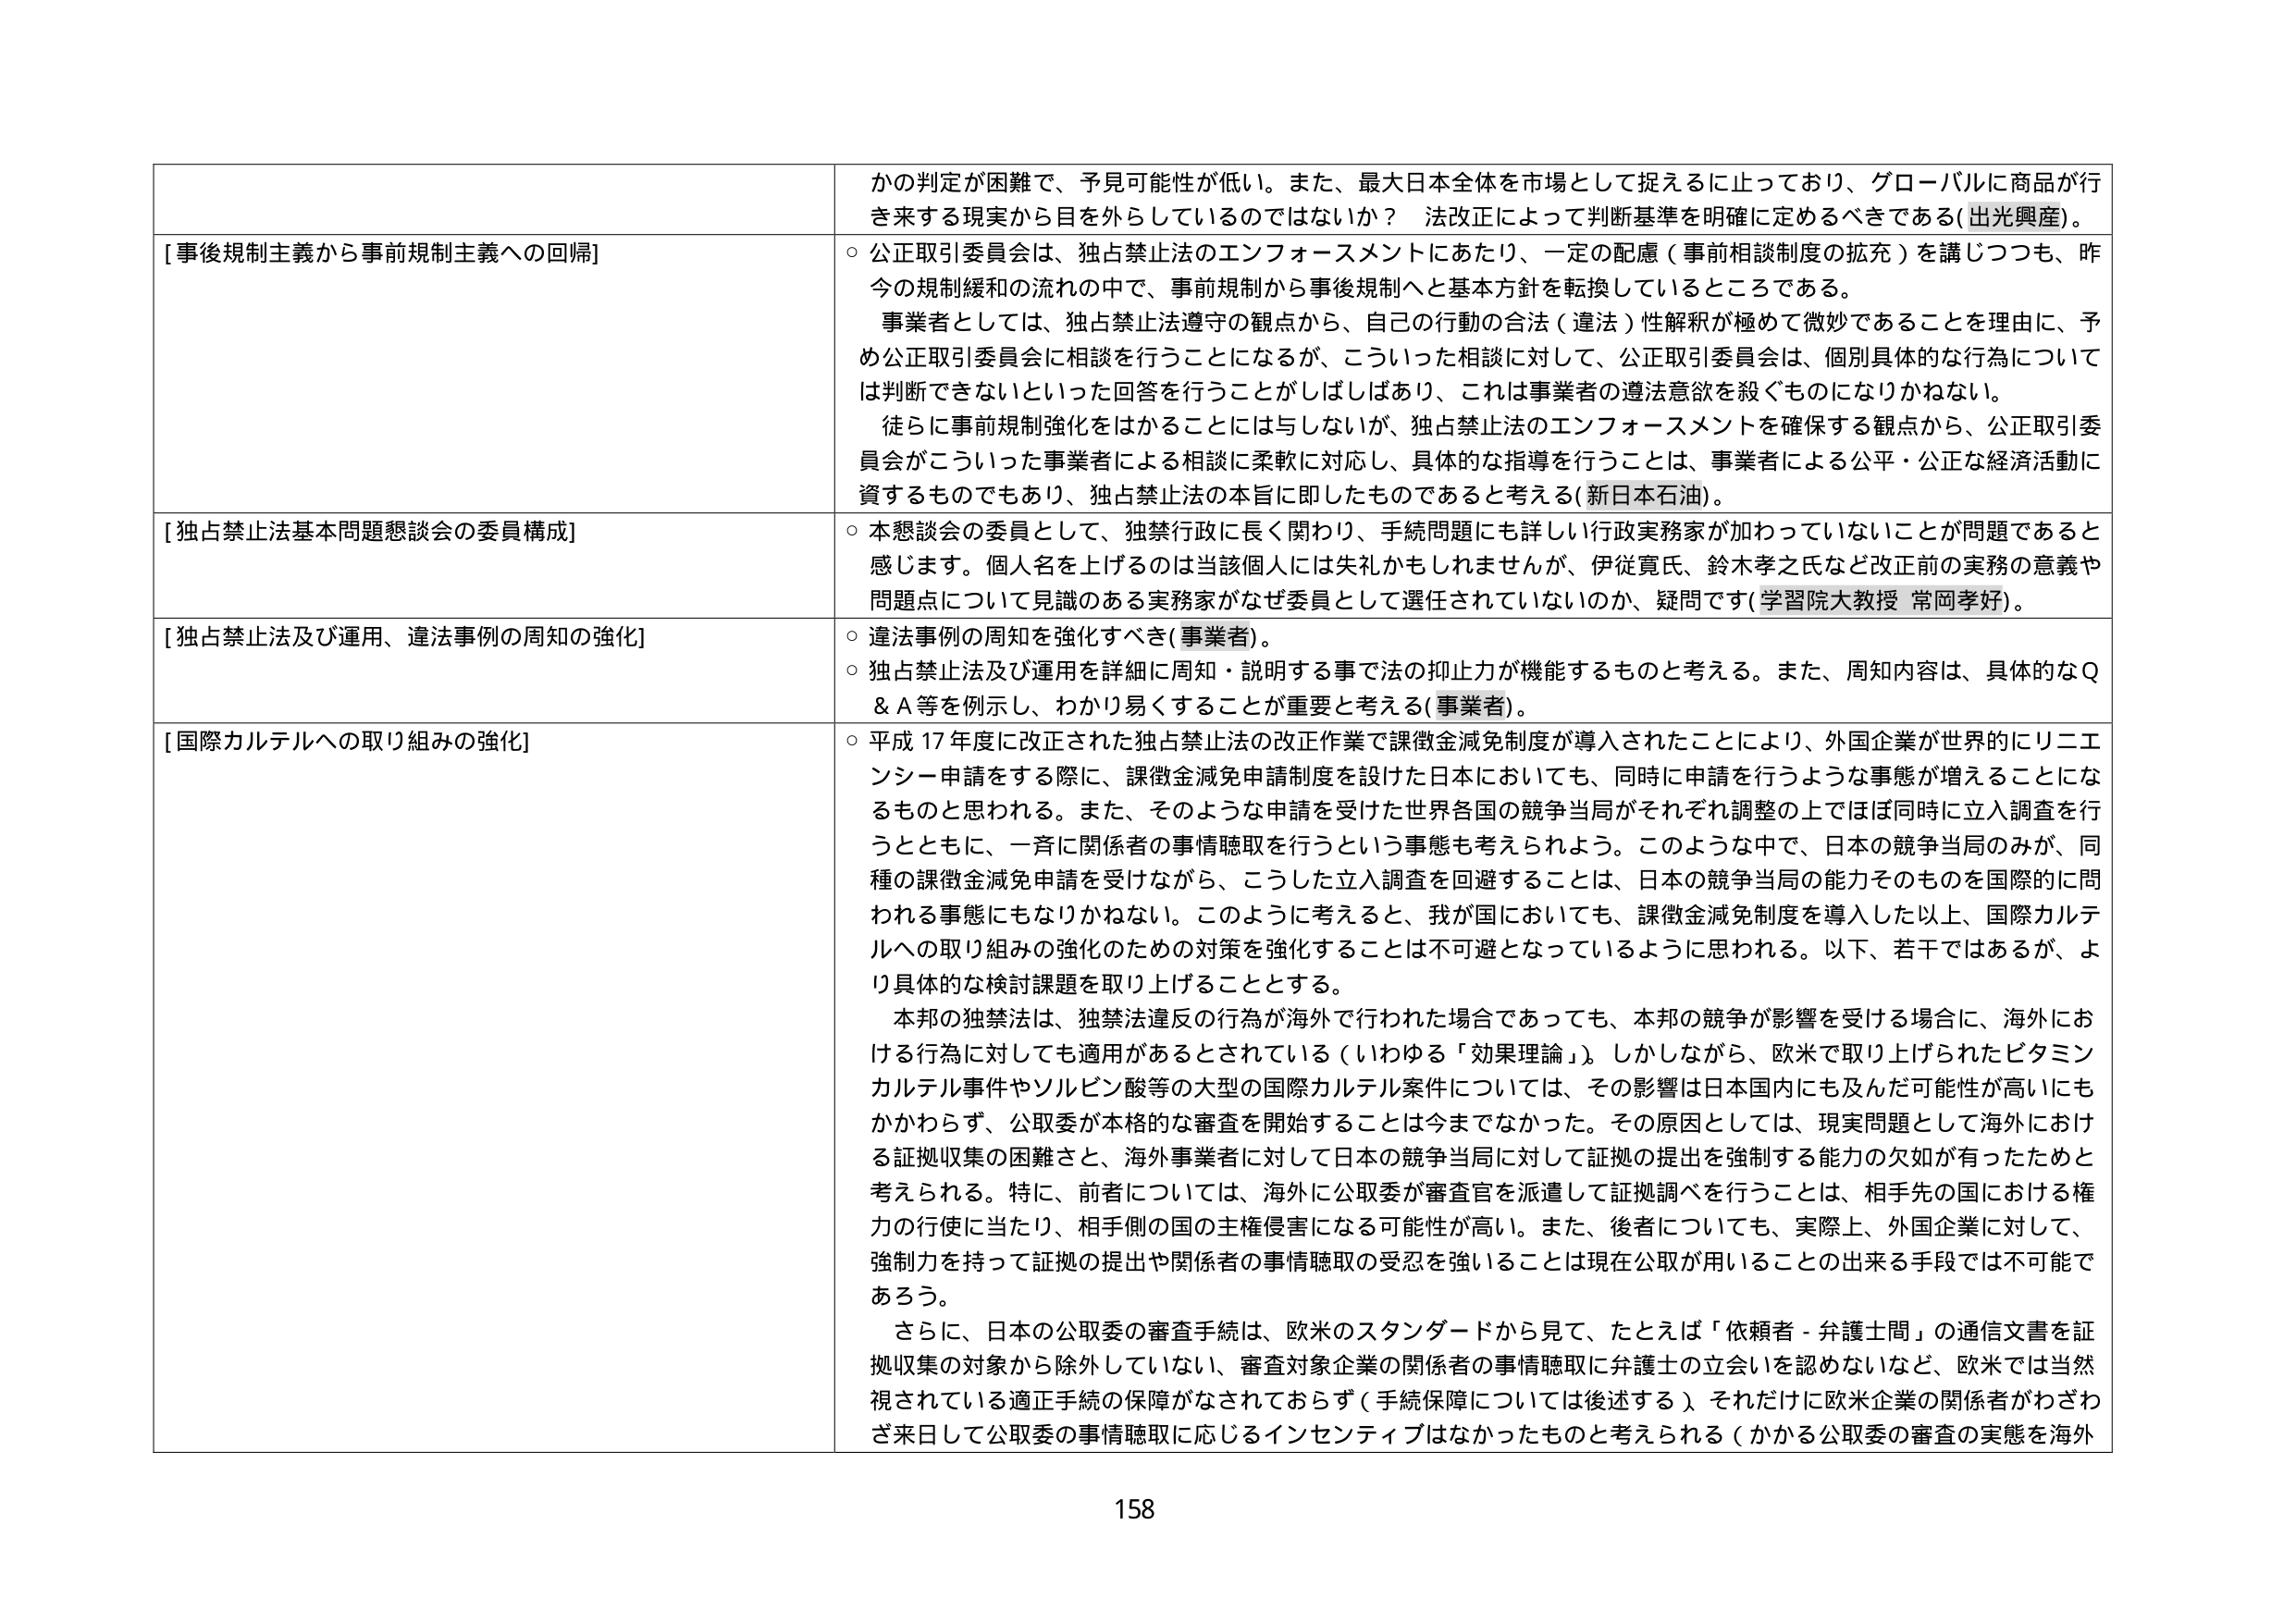
かの判定が困難で、予見可能性が低い。また、最大日本全体を市場として捉えるに止っており、グローバルに商品が行き来する現実から目を外らしているのではないか？ 法改正によって判断基準を明確に定めるべきである（出光興産）。

[事後規制主義から事前規制主義への回帰]
○ 公正取引委員会は、独占禁止法のエンフォースメントにあたり、一定の配慮（事前相談制度の拡充）を講じつつも、昨今の規制緩和の流れの中で、事前規制から事後規制へと基本方針を転換しているところである。
事業者としては、独占禁止法遵守の観点から、自己の行動の合法（違法）性解釈が極めて微妙であることを理由に、予め公正取引委員会に相談を行うことになるが、こういった相談に対して、公正取引委員会は、個別具体的な行為については判断できないといった回答を行うことがしばしばあり、これは事業者の遵法意欲を殺ぐものになりかねない。
徒らに事前規制強化をはかることには与しないが、独占禁止法のエンフォースメントを確保する観点から、公正取引委員会がこういった事業者による相談に柔軟に対応し、具体的な指導を行うことは、事業者による公平・公正な経済活動に資するものでもあり、独占禁止法の本旨に即したものであると考える（新日本石油）。

[独占禁止法基本問題懇談会の委員構成]
○ 本懇談会の委員として、独禁行政に長く関わり、手続問題にも詳しい行政実務家が加わっていないことが問題であると感じます。個人名を上げるのは当該個人には失礼かもしれませんが、伊達寛氏、鈴木孝之氏など改従前の実務の意義や問題点について見識のある実務家がなぜ委員として選任されていないのか、疑問です（学習院大教授 常岡孝好）。

[独占禁止法及び運用、違法事例の周知の強化]
○ 違法事例の周知を強化すべき（事業者）。
○ 独占禁止法及び運用を詳細に周知・説明する事で法の抑止力が機能するものと考える。また、周知内容は、具体的なQ＆A等を例示し、わかり易くすることが重要と考える（事業者）。

[国際カルテルへの取り組みの強化]
○ 平成17年度に改正された独占禁止法の改正作業で課徴金減免制度が導入されたことにより、外国企業が世界的にリニエンシー申請をする際に、課徴金減免申請制度を設けた日本においても、同時に申請を行うような事態が増えることになるものと思われる。また、そのような申請を受けた世界各国の競争当局がそれぞれ調整の上ではほぼ同時に立入調査を行うとともに、一斉に関係者の事情聴取を行うという事態も考えられよう。このような中で、日本の競争当局のみが、同種の課徴金減免申請を受けながら、こうした立入調査を回避することは、日本の競争当局の能力そのものを国際的に問われる事態にもなりかねない。このように考えると、我が国においても、課徴金減免制度を導入した以上、国際カルテルへの取り組みの強化のための対策を強化することは不可避となっているように思われる。以下、若干ではあるが、より具体的な検討課題を取り上げることとする。
本邦の独禁法は、独禁法違反の行為が海外で行われた場合であっても、本邦の競争が影響を受ける場合に、海外における行為に対しても適用があるとされている（いわゆる「効果理論」）。しかしながら、欧米で取り上げられたビタミンカルテル事件やソルビン酸等の大型の国際カルテル案件については、その影響は日本国内にも及んだ可能性が高いにもかかわらず、公取委が本格的な審査を開始することは今までなかった。その原因としては、現実問題として海外における証拠収集の困難さと、海外事業者に対して日本の競争当局に対して証拠の提出を強制する能力の欠如があったためと考えられる。特に、前者については、海外に公取委が審査官を派遣して証拠調べを行うことは、相手先の国における権力の行使に当たり、相手側の国の主権侵害になる可能性が高い。また、後者についても、実際上、外国企業に対して、強制力を持って証拠の提出や関係者の事情聴取の受忍を強いることは現在公取が用いることの出来る手段では不可能であろう。
さらに、日本の公取委の審査手続は、欧米のスタンダードから見て、たとえば「依頼者－弁護士間」の通信文書を証拠収集の対象から除外していない、審査対象企業の関係者の事情聴取に弁護士の立会いを認めないなど、欧米では当然視されている適正手続の保障がなされておらず（手続保障については後述する）、それだけに欧米企業の関係者がわざわざ来日して公取委の事情聴取に応じるインセンティブはなかったものと考えられる（かかる公取委の審査の実態を海外

158